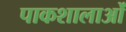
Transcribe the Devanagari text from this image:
पाकशालाओं